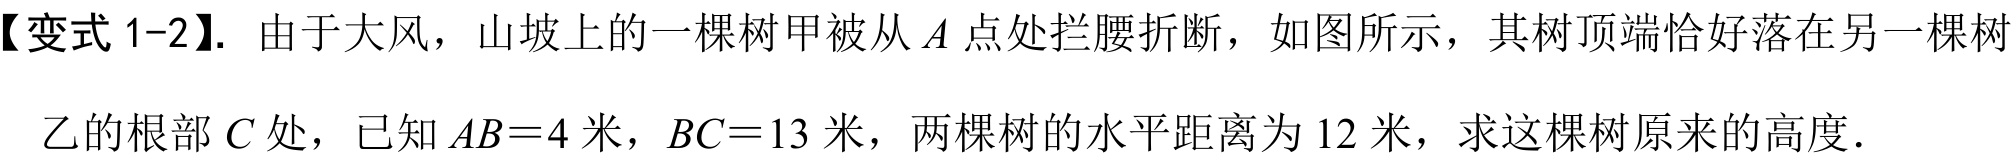
【变式 1-2】. 由于大风，山坡上的一棵树甲被从 \(A\) 点处拦腰折断，如图所示，其树顶端恰好落在另一棵树
乙的根部 \(C\) 处，已知 \(AB = 4\) 米，\(BC = 13\) 米，两棵树的水平距离为 \(12\) 米，求这棵树原来的高度．